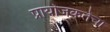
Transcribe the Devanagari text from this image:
प्रायोजकतेचा